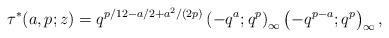
LaTeX: \begin{align*}\tau^{*}(a,p;z)=q^{p/12-a/2+a^2/(2p)}\left(-q^a;q^p\right)_{\infty}\left(-q^{p-a};q^p\right)_{\infty},\end{align*}